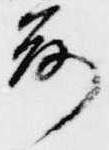
前